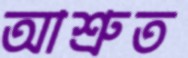
আশ্রুত